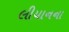
લીયાનના